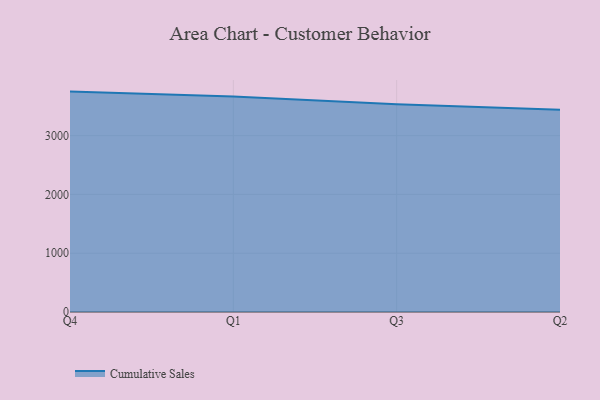
{"axis": {"x": "Quarter", "y": "Bounce Rate (%)"}, "legend": ["Cumulative Sales"], "data": [{"x": "Q4", "y": 3749.8, "type": "Cumulative Sales"}, {"x": "Q1", "y": 3668.0, "type": "Cumulative Sales"}, {"x": "Q3", "y": 3534.0, "type": "Cumulative Sales"}, {"x": "Q2", "y": 3440.3, "type": "Cumulative Sales"}]}